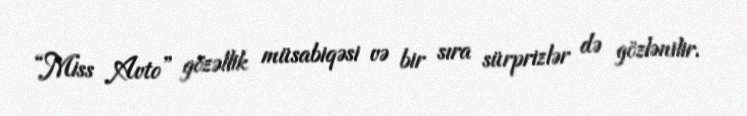
“Miss Avto” gözəllik müsabiqəsi və bir sıra sürprizlər də gözlənilir.